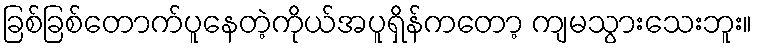
ခြစ်ခြစ်တောက်ပူနေတဲ့ကိုယ်အပူရှိန်ကတော့ ကျမသွားသေးဘူး။